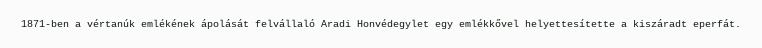
1871-ben a vértanúk emlékének ápolását felvállaló Aradi Honvédegylet egy emlékkővel helyettesítette a kiszáradt eperfát.